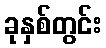
ခုနှစ်တွင်း